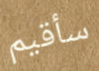
سأقيم